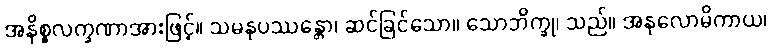
အနိစ္စလက္ခဏာအားဖြင့်။ သမနုပဿန္တော၊ ဆင်ခြင်သော။ သောဘိက္ခု၊ သည်။ အနုလောမိကာယ၊